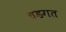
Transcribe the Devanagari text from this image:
धडगत